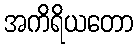
အကိရိယတော